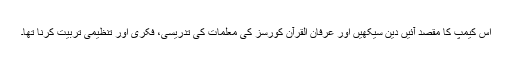
اس کیمپ کا مقصد آئیں دین سیکھیں اور عرفان القرآن کورسز کی معلمات کی تدریسی، فکری اور تنظیمی تربیت کرنا تھا۔